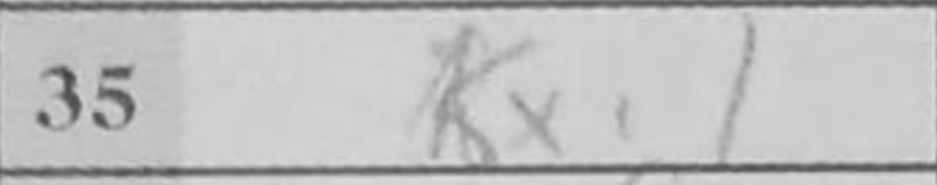
Transcription: Kxc1